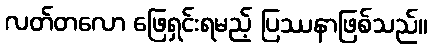
လတ်တလော ဖြေရှင်းရမည့် ပြဿနာဖြစ်သည်။